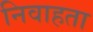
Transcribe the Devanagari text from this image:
निवाहता